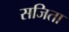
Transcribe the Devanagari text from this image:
सजिता